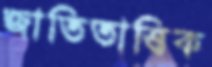
জাতিতাত্ত্বিক